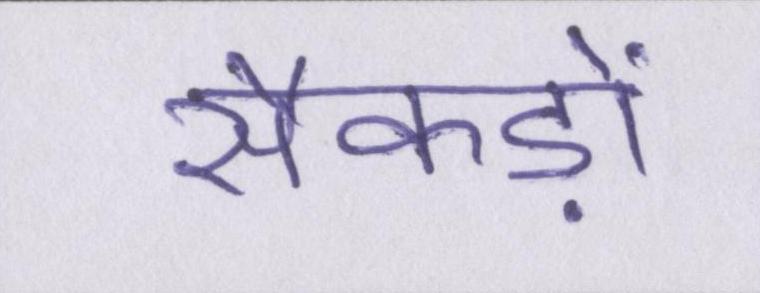
सैकड़ों